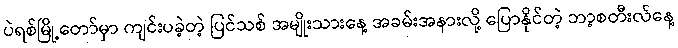
ပဲရစ်မြို့တော်မှာ ကျင်းပခဲ့တဲ့ ပြင်သစ် အမျိုးသားနေ့ အခမ်းအနားလို့ ပြောနိုင်တဲ့ ဘာ့စတီးလ်နေ့